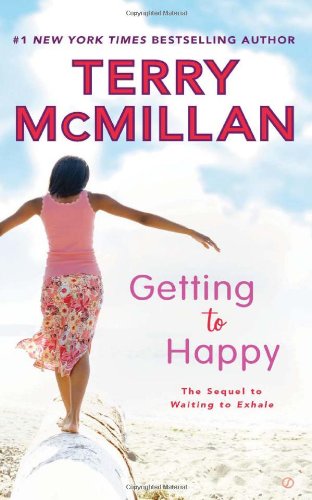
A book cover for Getting to Happy; Terry McMillan; Literature & Fiction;